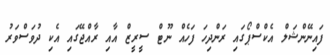
ފައިނޭންޝަލް އެކްސްޕޯގައި ރަންދިހަ ފަހެއް ނޫޓް ސީރީޒް އާއި ރާއްޖޭގައި އެކި ދުވަސްވަރު